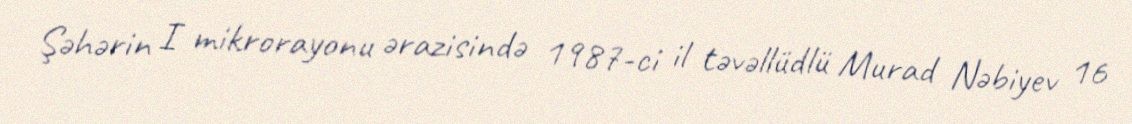
Şəhərin I mikrorayonu ərazisində 1987-ci il təvəllüdlü Murad Nəbiyev 16